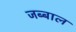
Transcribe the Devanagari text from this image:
जब्बाल